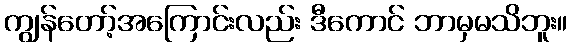
ကျွန်တော့်အကြောင်းလည်း ဒီကောင် ဘာမှမသိဘူး။